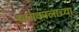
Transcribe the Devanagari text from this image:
सत्ताकालाच्या